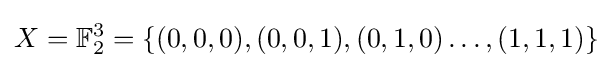
X=\mathbb {F} _{2}^{3}=\{(0,0,0),(0,0,1),(0,1,0)\ldots ,(1,1,1)\}